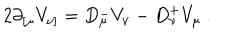
2 \partial _ { [ \mu } V _ { \nu ] } = D _ { \mu } ^ { - } V _ { \nu } - D _ { \nu } ^ { + } V _ { \mu } \ .